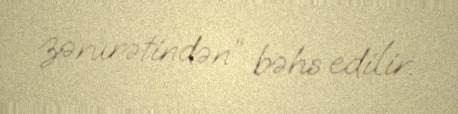
zərurətindən” bəhs edilir.